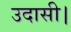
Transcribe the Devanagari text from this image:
उदासी।